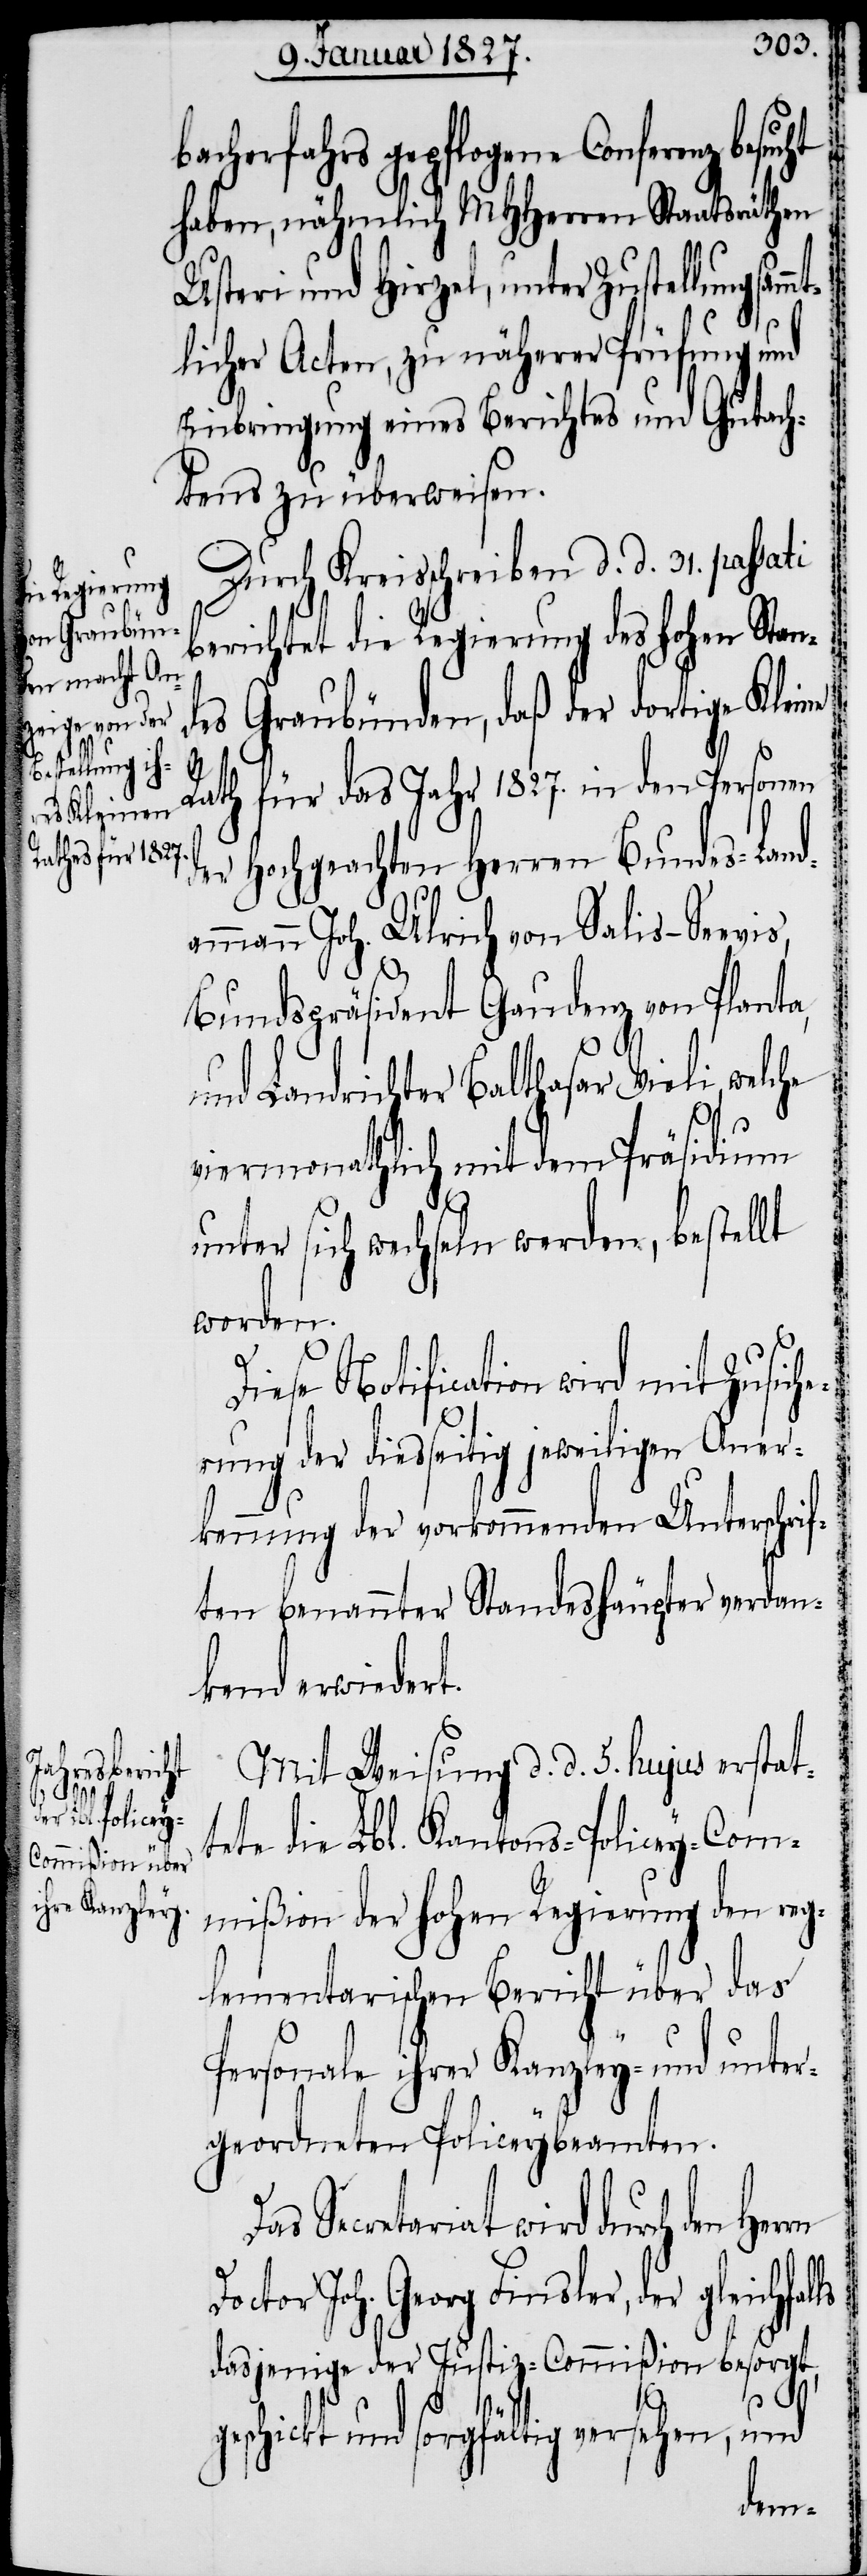
Herrn D¬
eichfalls

bacherfahrs gepflogene Conferenz
haben, nämlich MHHerren Staatsräthen
Usteri und Hirzel, unter Zustellung säm¬
licher Acten, zu näherer Prüfung und
Einbringung eines Berichtes und Gutach¬
tens zu überweisen.
Durch Kreisschreiben d. d. 31. passati
berichtet die Regierung des Hohen Stan¬
Graubünden, daß der dortige Klei¬
des
für das Jahr 1827. in den Personen
und
der Hochgeachten Herren Bundes-Land¬
ammann Joh. Ulrich von Salis-Seevis,
Bundspräsident Gaudenz von Planta,
Landrichter Balthasar Vieli, wel¬
viermonathlich mit dem Präsidium
unter sich wechseln werden, bestellt
worden.
iese Notification wird mit Zusich¬
erung der diesseitig jeweiligen Aner¬
kennung der vorkommenden Unterschri¬
ften benannter Standeshäupter verdan¬
kend erwieder¬
Mit Weisung d. d. 5. hujus erstat¬
tet die Lbl. Kantons-Policey-Com¬
mißion der hohen Regierung den reg¬
lementarischen Bericht über das
Personale ihrer Kanzley- und unter¬
geordneten Policeybeamten.
Secretariat wird durch den
octor Joh. Georg Finsler, der gl¬
dasjenige der Justiz-Commißion besorgt,
t.
geschickt und sorgfältig versehen, und